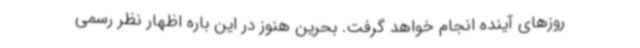
روزهای آینده انجام خواهد گرفت. بحرین هنوز در این باره اظهار نظر رسمی